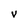
Character: V